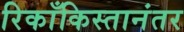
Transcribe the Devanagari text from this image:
रिकाँकिस्तानंतर